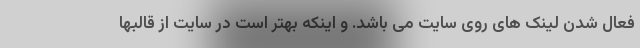
فعال شدن لینک های روی سایت می باشد. و اینکه بهتر است در سایت از قالبها